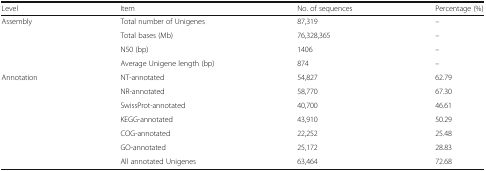
| Level | Item | No. of sequences | Percentage (%) |
 | --- | --- | --- | --- |
 | <ROWSPAN=4> Assembly | Total number of Unigenes | 87,319 | – |
 | Total bases (Mb) | 76,328,365 | – |
 | N50 (bp) | 1406 | – |
 | Average Unigene length (bp) | 874 | – |
 | <ROWSPAN=7> Annotation | NT-annotated | 54,827 | 62.79 |
 | NR-annotated | 58,770 | 67.30 |
 | SwissProt-annotated | 40,700 | 46.61 |
 | KEGG-annotated | 43,910 | 50.29 |
 | COG-annotated | 22,252 | 25.48 |
 | GO-annotated | 25,172 | 28.83 |
 | All annotated Unigenes | 63,464 | 72.68 |